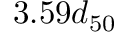
3 . 5 9 d _ { 5 0 }